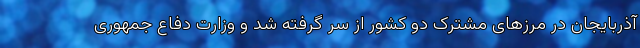
آذربایجان در مرزهای مشترک دو کشور از سر گرفته شد و وزارت دفاع جمهوری